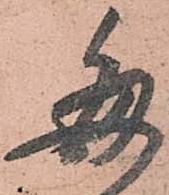
毎